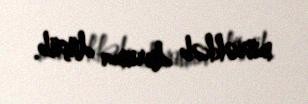
mürəkkəb duruma düşüb.